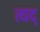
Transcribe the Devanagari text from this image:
त्यद्